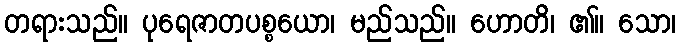
တရားသည်။ ပုရေဇာတပစ္စယော၊ မည်သည်။ ဟောတိ၊ ၏။ သော၊